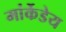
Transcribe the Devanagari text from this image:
मांर्केडेय